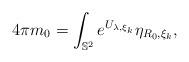
LaTeX: \begin{align*}4\pi m_0=\int_{\mathbb{S}^2}e^{U_{\lambda,\xi_k}}\eta_{R_0,\xi_k},\end{align*}